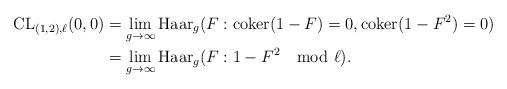
LaTeX: \begin{align*}\mathrm{CL}_{(1,2), \ell}(0,0) &= \lim_{g \to \infty} \mathrm{Haar}_g(F: \mathrm{coker}(1 - F) = 0, \mathrm{coker}(1 - F^2) = 0 ) \\&= \lim_{g \to \infty} \mathrm{Haar}_g(F: 1 - F^2 \mod \ell).\end{align*}